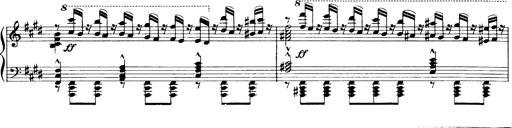
Title: OuvertÃ¼re zu TannhÃ¤user
Composer: Franz Liszt